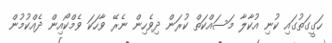
ހަގީގަތުގައި ކުނި އުކާލާ މަސައްކަތް ކުރަން ދިވެހިން ނެރޭ ވާހަކަ ވެމްކޯއިން ދެއްކުމުން